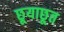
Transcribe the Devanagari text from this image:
छूयाछूत